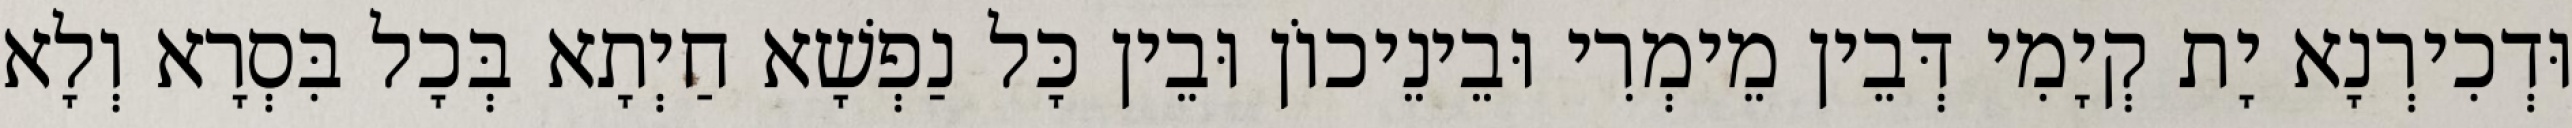
וּדְכִירְנָא יָת קְיָמִי דְּבֵין מֵימְרִי וּבֵינֵיכוֹן וּבֵין כָּל נַפְשָׁא חַיְתָא בְּכָל בִּסְרָא וְלָא